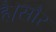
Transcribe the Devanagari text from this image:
है।सौर